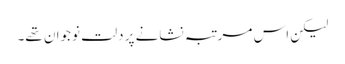
لیکن اس مرتبہ نشانے پر دلت نوجوان تھے۔